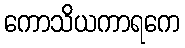
ကောသိယကာရကေ